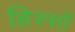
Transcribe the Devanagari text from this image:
हिस्‍सों